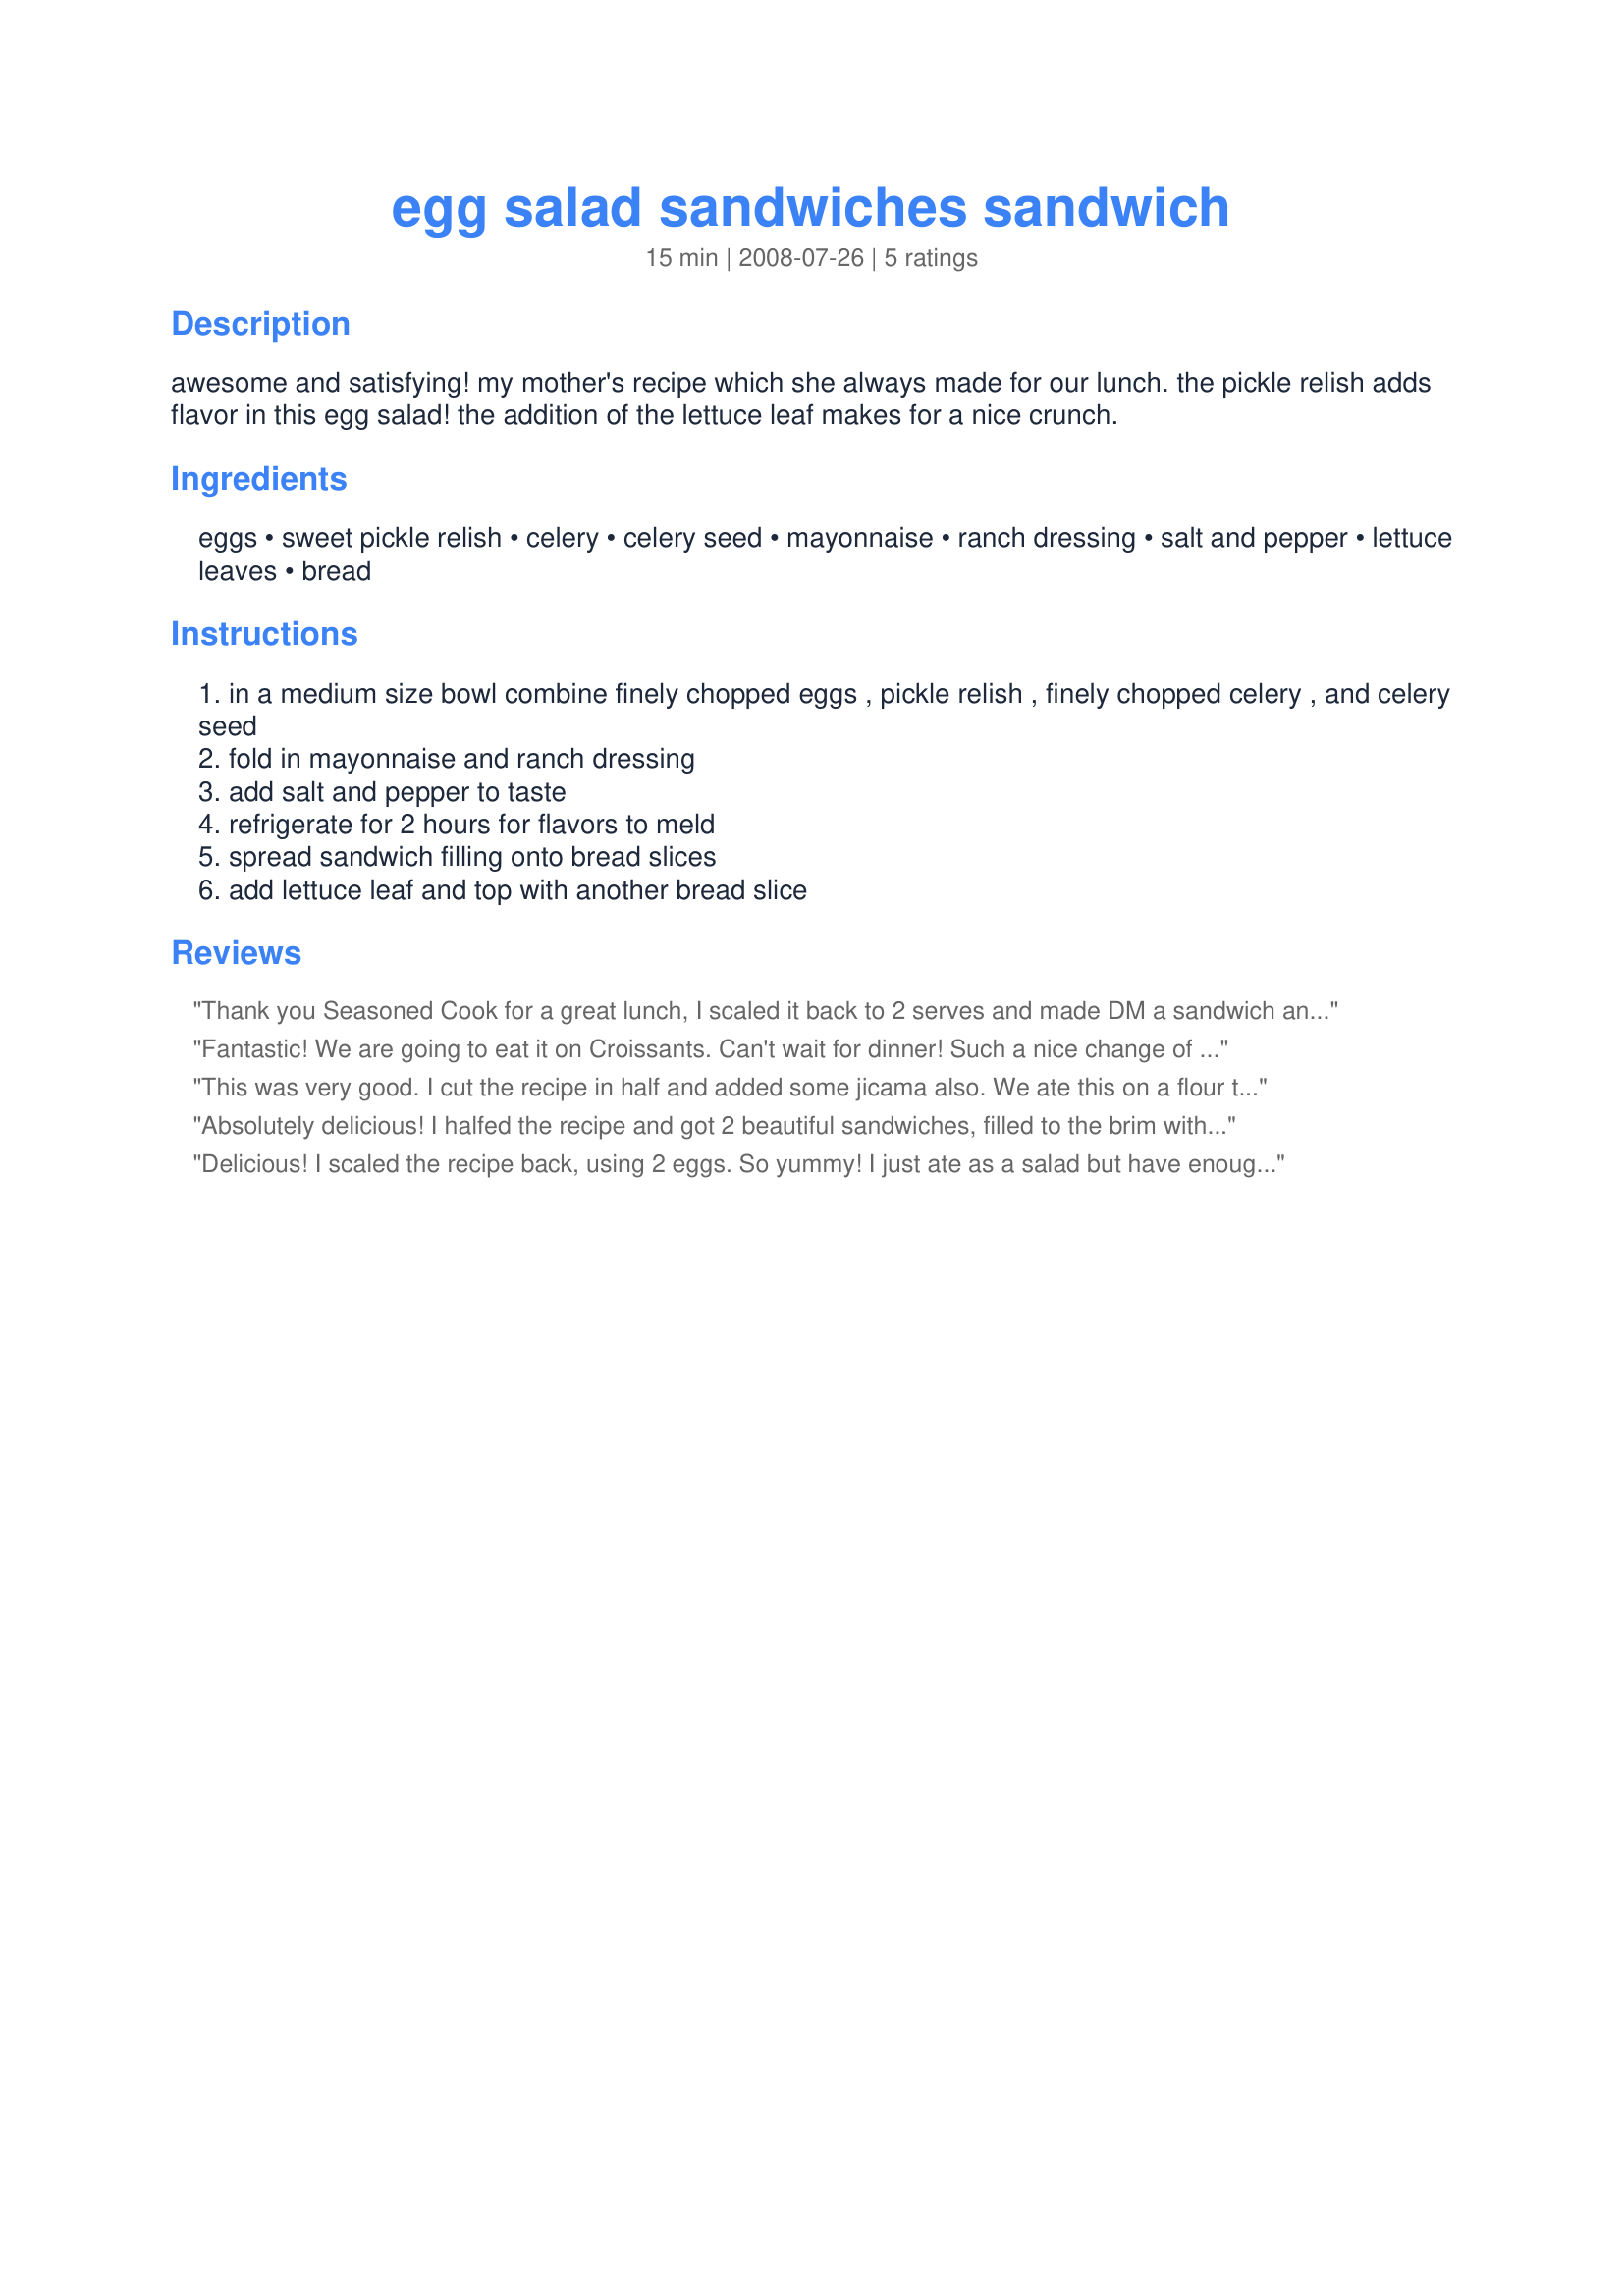
egg salad sandwiches sandwich
Preparation time: 15 minutes

awesome and satisfying! my mother's recipe which she always made for our lunch. the pickle relish adds flavor in this egg salad! the addition of the lettuce leaf makes for a nice crunch.

Ingredients:
eggs, sweet pickle relish, celery, celery seed, mayonnaise, ranch dressing, salt and pepper, lettuce leaves, bread

Steps:
in a medium size bowl combine finely chopped eggs , pickle relish , finely chopped celery , and celery seed
fold in mayonnaise and ranch dressing
add salt and pepper to taste
refrigerate for 2 hours for flavors to meld
spread sandwich filling onto bread slices
add lettuce leaf and top with another bread slice

Reviews:
Thank you Seasoned Cook for a great lunch, I scaled it back to 2 serves and made DM a sandwich and I had mine with a salad as today I have had to cut my carbs back. I think the addition of the relish and the ranch dressing makes it so different. Made for Aussie/Kiwi Swap #33 October 2009.
Fantastic! We are going to eat it on Croissants. Can't wait for dinner! Such a nice change of pace from my usual egg salad. All the flavors work so well together. I wouldn't change a thing!
This was very good. I cut the recipe in half and added some jicama also. We ate this on a flour tortilla. Yum! Made for I Recommend Tag Game 2010.
Absolutely delicious! I halfed the recipe and got 2 beautiful sandwiches, filled to the brim with this wonderful egg salad.
I had the 2 sandwiches, all too myself and enjoyed them so very much. No-one was getting their hands on these!
I used spinach and assorted salad leaves and then topped with the egg and these sandwiches were........so scrumptious. Yum.
A wonderful egg salad, full of favour and so easy to make, it doesn't get any betterm easier or yummier than this recipe.
If you love egg salad, this recipe is a must to try.
Thanks S.C. a keeper here.
Delicious! I scaled the recipe back, using 2 eggs. So yummy! I just ate as a salad but have enough left over for a sandwich tomorrow! Thanks! Made for the Australian Recipe Swap-Aug. 2009.
